Civil Veterinary Dept. North-West Frontier Province 1901-22 - 1901-1922
Year: 1901
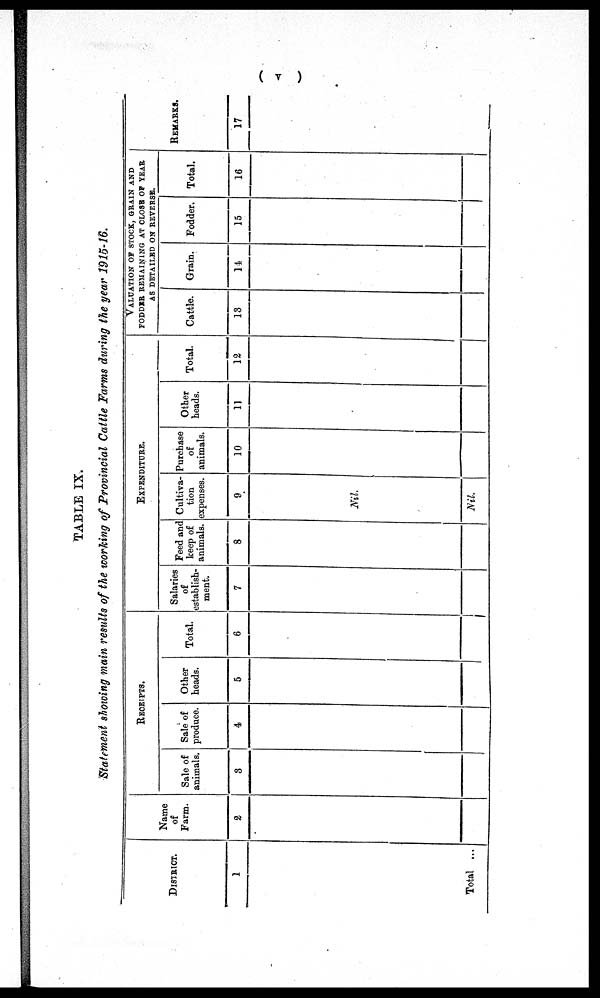
(v)
TABLE IX.
Statement showing main results of the working of Provincial Cattle Farms during the year 1915-16.
DISTRICT.
1
Total ...
Name
of
Farm.
2
RECEIPTS.
Sale of
animals.
3
Sale of
produce.
4
Other
heads.
5
Total.
6
EXPENDITURE.
Salaries
of
establish-
ment.
7
Feed and
keep of
animals.
8
Cultiva-
tion
expenses.
9
Nil.
Nil.
Purchase
of
animals.
10
Other
heads.
11
Total.
12
VALUATION OF STOCK, GRAIN AND
FODDER REMAINING AT CLOSE OF YEAR
AS DETAILED ON REVERSE.
Cattle.
13
Grain.
14
Fodder.
15
Total.
16
REMARKS
17